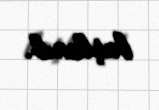
başlanıb.